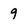
Character: 9